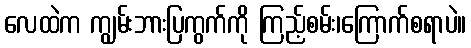
လေထဲက ကျွမ်းဘားပြကွက်ကို ကြည့်စမ်း၊ကြောက်စရာပဲ။